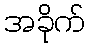
အခိုက်